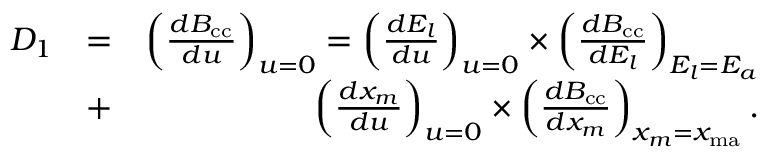
\begin{array} { r l r } { D _ { 1 } } & { = } & { \left( \frac { d { \cal B } _ { \mathrm { c c } } } { d u } \right) _ { { u = 0 } } = \left( \frac { d E _ { l } } { d u } \right) _ { { u = 0 } } \times \left( \frac { d { \cal B } _ { \mathrm { c c } } } { d E _ { l } } \right) _ { E _ { l } = E _ { a } } } \\ & { + } & { \left( \frac { d x _ { m } } { d u } \right) _ { { u = 0 } } \times \left( \frac { d { \cal B } _ { \mathrm { c c } } } { d x _ { m } } \right) _ { x _ { m } = x _ { \mathrm { m a } } } . } \end{array}